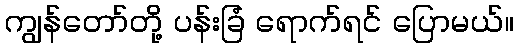
ကျွန်တော်တို့ ပန်းခြံ ရောက်ရင် ပြောမယ်။